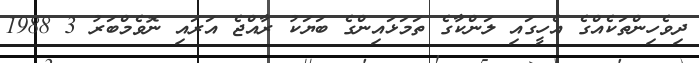
ދިވެހިންތަކެއްގެ އެހީގައި ލަންކާގެ ތަމަޅައިންގެ ބަޔަކު ރާއްޖެ އަރައި ނޮވެމްބަރު 3 1988